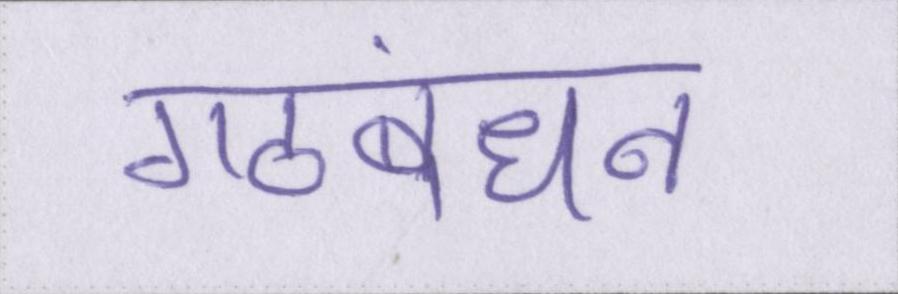
गठबंधन